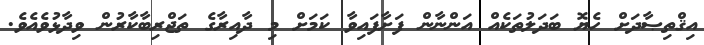
އިޤްތިޞާދަށް ހެޔޮ ބަދަލުތަކެއް އަންނާން ފަށާފައިވާ ކަމަށް މި ދާއިރާގެ ތަޖްރިބާކާރުން ވިދާޅުވެއެވެ.